Subject: cs
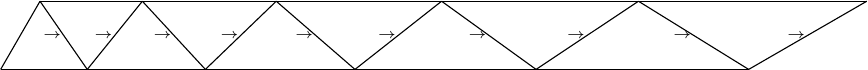
LaTeX code:
    \begin{tikzpicture}
    \draw (0,0)       -- (9.5,0);
    \draw (0,0)       -- (0.5,0.866);
    \draw (0.5,0.866) -- (11,0.866);
    \draw (1.1,0)       -- (0.5,0.866) node [midway, left=-0.1cm] {\tiny$\, \rightarrow$};
    \draw (1.8,0.866) -- (1.1,0)node [midway, left=-0.1cm] {\tiny$\, \rightarrow$};
    \draw (2.6,0)       -- (1.8,0.866) node [midway, left=-0.1cm] {\tiny$\, \rightarrow$};
    \draw (3.5,0.866) -- (2.6,0)node [midway, left=-0.1cm] {\tiny$\, \rightarrow$};
    \draw (4.5,0)       -- (3.5,0.866)node [midway, left=-0.1cm] {\tiny$\, \rightarrow$};
    \draw (5.6,0.866) -- (4.5,0)node [midway, left=-0.1cm] {\tiny$\, \rightarrow$};
    \draw (6.8,0)       -- (5.6,0.866)node [midway, left=-0.1cm] {\tiny$\, \rightarrow$};
    \draw (8.1,0.866) -- (6.8,0)node [midway, left=-0.1cm] {\tiny$\, \rightarrow$};
    \draw (9.5,0)       -- (8.1,0.866)node [midway, left=-0.1cm] {\tiny$\, \rightarrow$};
    \draw (11,0.866) -- (9.5,0)node [midway, left=-0.1cm] {\tiny$\, \rightarrow$};
  \end{tikzpicture}